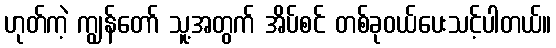
ဟုတ်ကဲ့ ကျွန်တော် သူ့အတွက် အိပ်စင် တစ်ခုဝယ်ပေးသင့်ပါတယ်။